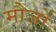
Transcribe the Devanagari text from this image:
मौजों